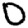
Digit: 0